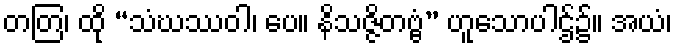
တတြ၊ ထို “သံဃဿဝါ၊ ပေ။ နိသဇ္ဇိတဗ္ဗံ” ဟူသောပါဌ်၌။ အယံ၊